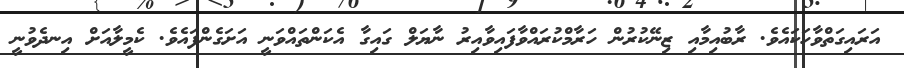
އަރައިގަތްވާހަކައެވެ. ރާބުއިމާއި ޒިނޭކުރުން ހަރާމްކުރައްވާފައިވާއިރު ނާޔަލް ގައިގާ އެކަންތައްވަނީ އަށަގެންފައެވެ. ކެމީލާއަށް އިނދެވުނީ